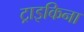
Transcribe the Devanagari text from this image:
ट्राइकिना